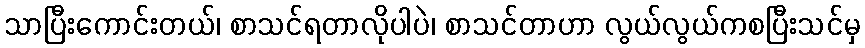
သာပြီးကောင်းတယ်၊ စာသင်ရတာလိုပါပဲ၊ စာသင်တာဟာ လွယ်လွယ်ကစပြီးသင်မှ